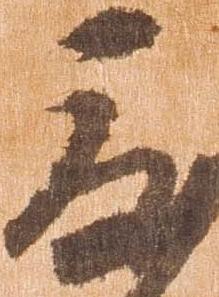
度